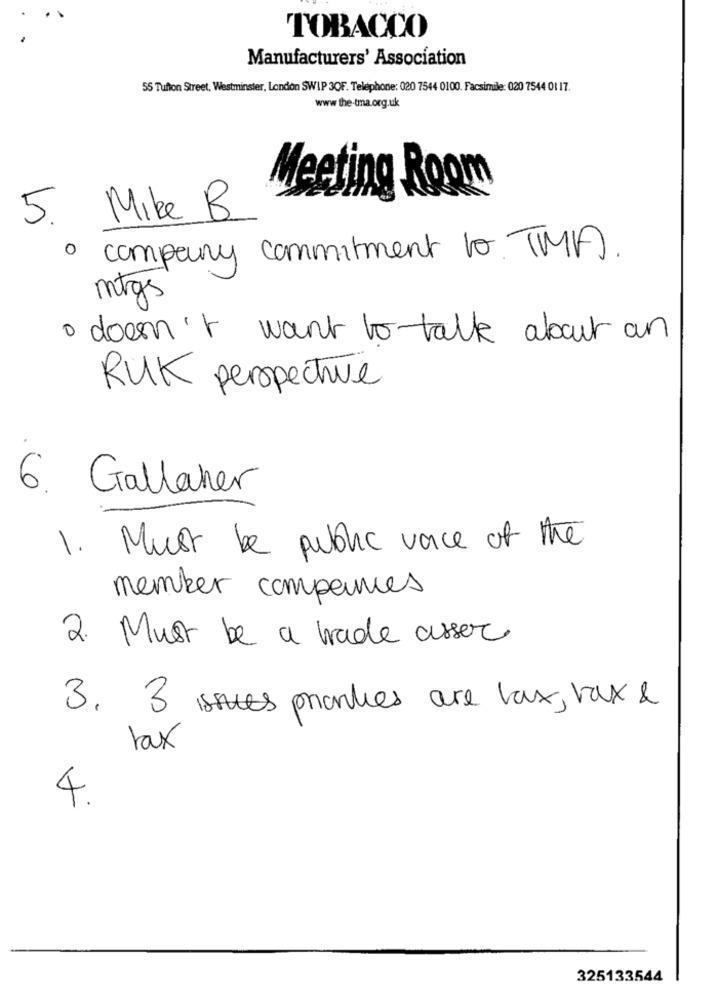
TOBACCO
Manufacturers' Association
55 Tufton Street, Westminster, London SWIP 3QF. Telephone: 020 7544 0100. Facsimile: 020 7544 01 17.
www the-tma.org.uk
Meeting Room
5. Mike B
· company commitment to TMA).
mtgs
· doesn't want to talk about an
RUK perspective
6. Gallaher
1. Must be public vance of the
member companies
2. Must be a wade asser.
3. 3 issues pronties are lax, tax &
tax
4.
325133544